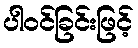
ပါဝင်ခြင်းဖြင့်